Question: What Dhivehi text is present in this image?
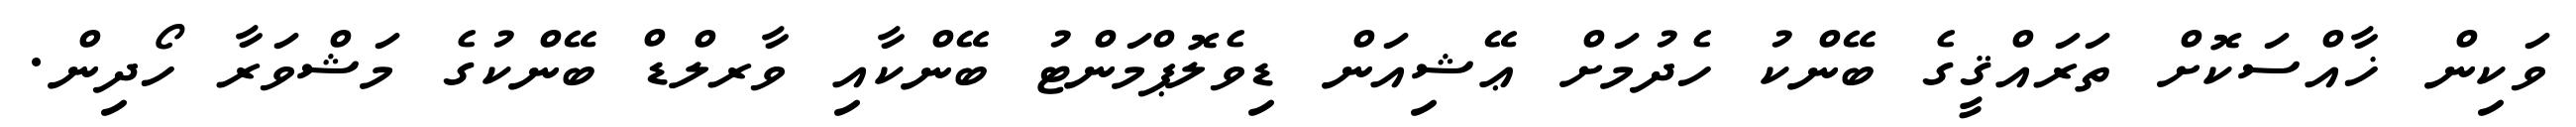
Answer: ވަކިން ޚާއްސަކޮށް ތަރައްޤީގެ ބޭންކު ހެދުމަށް ޢޭޝިއަން ޑިވެލޮޕްމަންޓު ބޭންކާއި ވާރލްޑް ބޭންކުގެ މަޝްވަރާ ހޯދިން.